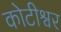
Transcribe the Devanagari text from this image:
कोटीश्वर